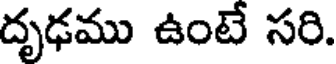
దృఢము ఉంటే సరి.